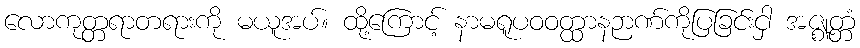
လောကုတ္တရာတရားကို မယူအပ်။ ထို့ကြောင့် နာမရူပဝဝတ္ထာနဉာဏ်ကိုပြခြင်းငှါ အဇ္ဈတ္တံ